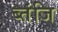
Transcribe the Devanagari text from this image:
ब्तंजि